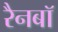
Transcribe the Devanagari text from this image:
रैनबॉ